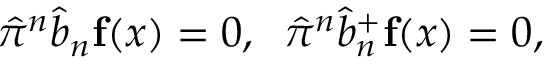
\hat { \pi } ^ { n } \hat { b } _ { n } { \bf f } ( x ) = 0 , \; \; \hat { \pi } ^ { n } \hat { b } _ { n } ^ { + } { \bf f } ( x ) = 0 ,